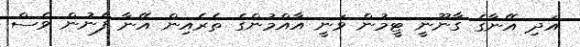
އަދި އޭނާގެ ގާނޫނީ ޓީމުން ވަނީ އާއްމުންގެ ތެރެއިން އޭނާ ފެނުން ވެސް